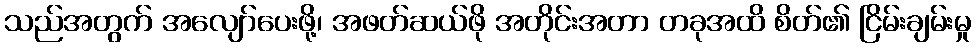
သည်အတွက် အလျော်ပေးဖို့၊ အဖတ်ဆယ်ဖို အတိုင်းအတာ တခုအထိ စိတ်၏ ငြိမ်းချမ်းမှု